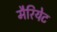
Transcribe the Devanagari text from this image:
मैरियेट